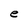
Character: e